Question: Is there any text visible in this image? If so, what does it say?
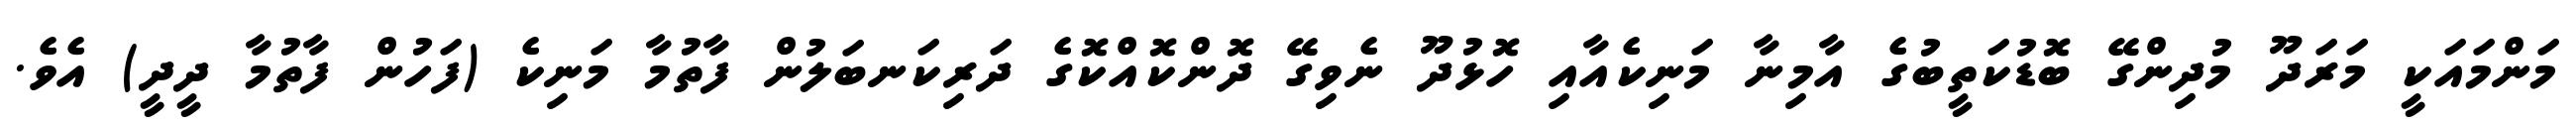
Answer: މަންމައަކީ މަރަދޫ މުދިންގޭ ބޮޑުކަތީބުގެ އާމިނާ މަނިކެއާއި ހޮޅުދޫ ނެވިގޭ ދޮންކޮއްކޮގެ ދަރިކަނބަލުން ފާތުމާ މަނިކެ (ފަހުން ފާތުމާ ދީދީ) އެވެ.